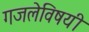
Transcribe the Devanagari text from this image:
गजलेविषयी